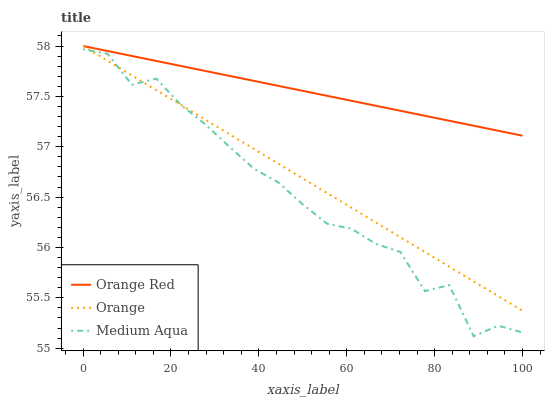
| xaxis_label | Orange Red | Orange | Medium Aqua |
 | --- | --- | --- | --- |
 | 0 | 58 | 58 | 58 |
 | 5.56 | 58 | 57.9 | 57.9 |
 | 11.1 | 57.9 | 57.7 | 57.6 |
 | 16.7 | 57.9 | 57.6 | 57.7 |
 | 22.2 | 57.8 | 57.4 | 57.4 |
 | 27.8 | 57.8 | 57.3 | 57.2 |
 | 33.3 | 57.7 | 57.1 | 57 |
 | 38.9 | 57.7 | 57 | 56.8 |
 | 44.4 | 57.6 | 56.8 | 56.6 |
 | 50 | 57.6 | 56.7 | 56.4 |
 | 55.6 | 57.5 | 56.5 | 56.2 |
 | 61.1 | 57.5 | 56.4 | 56.2 |
 | 66.7 | 57.4 | 56.2 | 56 |
 | 72.2 | 57.4 | 56.1 | 56 |
 | 77.8 | 57.3 | 56 | 55.6 |
 | 83.3 | 57.3 | 55.8 | 55.6 |
 | 88.9 | 57.2 | 55.7 | 55.1 |
 | 94.4 | 57.2 | 55.5 | 55.2 |
 | 100 | 57.1 | 55.4 | 55.2 |